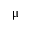
\upmu